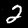
Label: 2